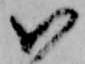
い